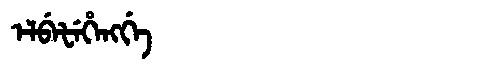
Manchu: ᡝᠯᠪᡝᡶᡝᡥᡝᠩᡤᡝ
Romanization: ELBEFEHENGGE